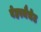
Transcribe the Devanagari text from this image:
वेहरमैचेट